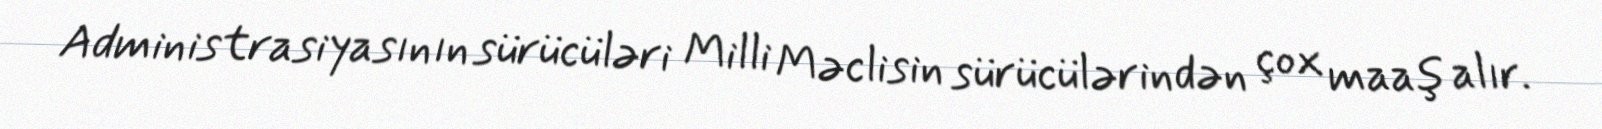
Administrasiyasının sürücüləri Milli Məclisin sürücülərindən çox maaş alır.